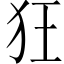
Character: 狂